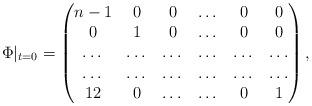
LaTeX: \begin{align*} \Phi|_{t=0}=\begin{pmatrix} n-1 & 0 & 0 & \dots & 0 & 0 \\ 0 & 1 & 0 & \dots & 0 & 0 \\ \dots & \dots & \dots & \dots & \dots & \dots\\ \dots & \dots & \dots & \dots & \dots & \dots\\ 12 & 0 & \dots & \dots & 0 & 1 \end{pmatrix},\end{align*}